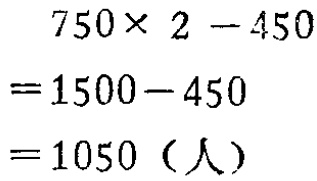
\[
\begin{align*}
&750\times 2 - 450\\
=&1500 - 450\\
=&1050（人）
\end{align*}
\]